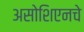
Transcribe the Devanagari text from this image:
असोशिएनचे